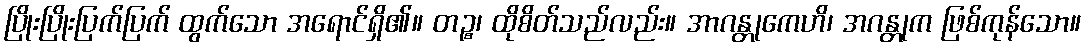
ပြိုးပြိုးပြက်ပြက် ထွက်သော အရောင်ရှိ၏။ တဉ္စ၊ ထိုစိတ်သည်လည်း။ အာဂန္တုကေဟိ၊ အဂန္တုက ဖြစ်ကုန်သော။